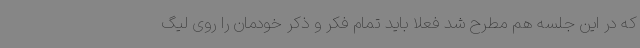
که در این جلسه هم مطرح شد فعلا باید تمام فکر و ذکر خودمان را روی لیگ